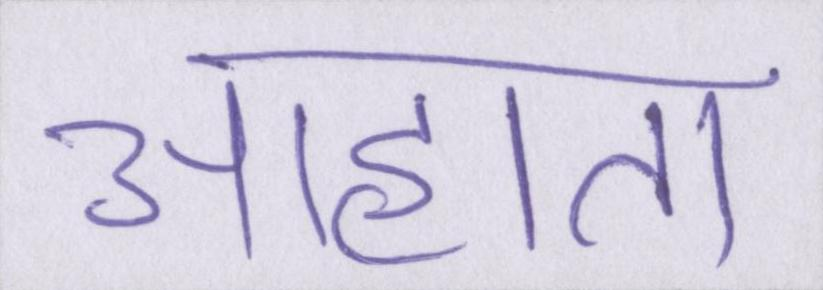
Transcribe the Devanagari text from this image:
आहाता